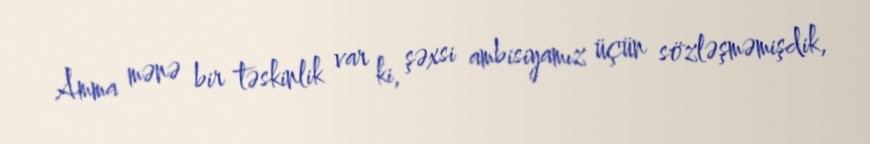
Amma mənə bir təskinlik var ki, şəxsi ambisiyamız üçün sözləşməmişdik,